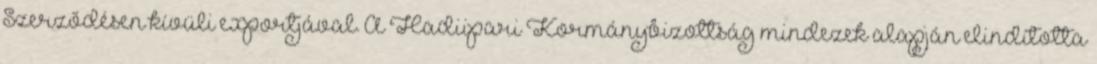
Szerződésen kívüli exportjával. A Hadiipari Kormánybizottság mindezek alapján elindította